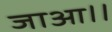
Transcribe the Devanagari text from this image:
जाआ।।